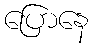
ပြောနေ